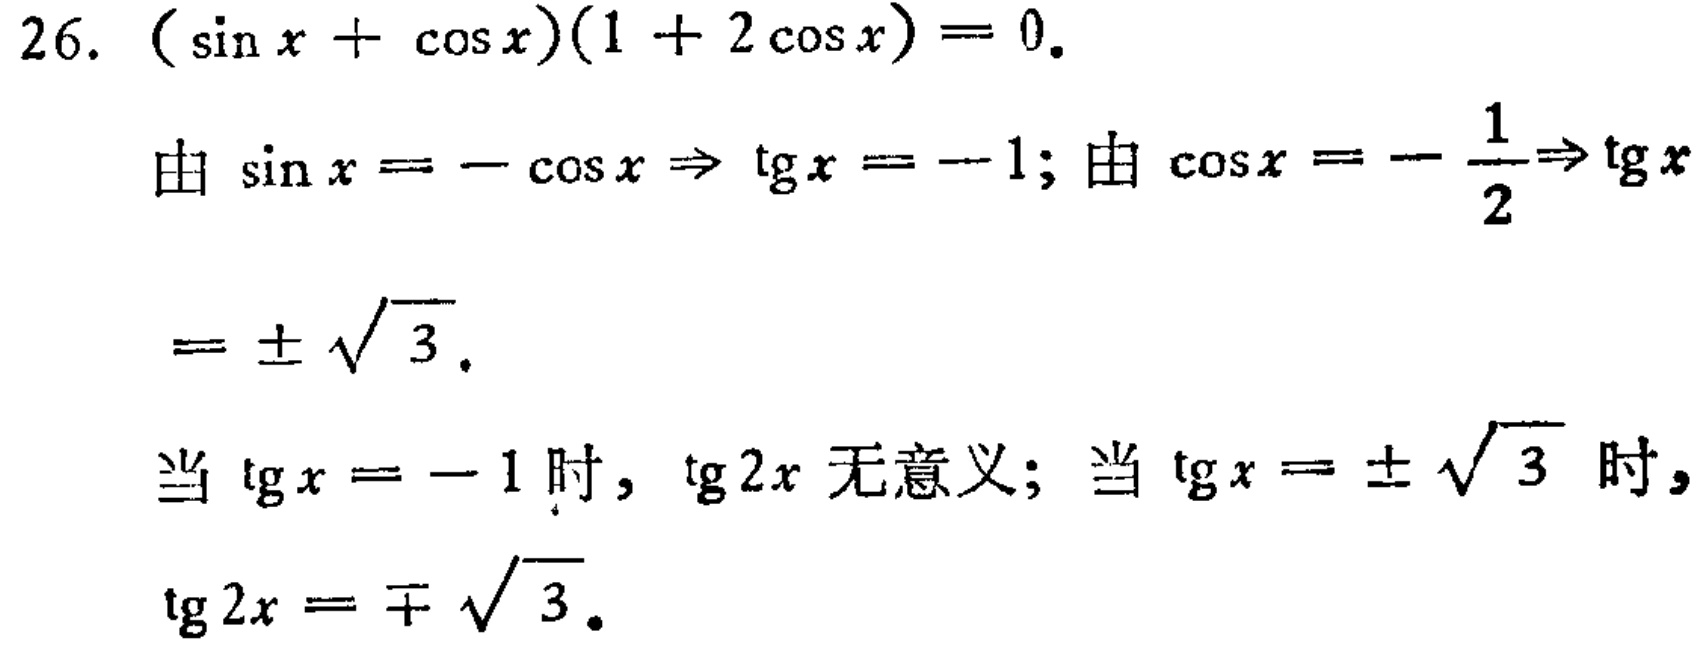
26. \((\sin x + \cos x)(1 + 2\cos x)=0\).
由 \(\sin x = -\cos x \Rightarrow \text{tg}x = -1\); 由 \(\cos x = -\frac{1}{2}\Rightarrow \text{tg}x\)
\(=\pm\sqrt{3}\).
当 \(\text{tg}x = -1\) 时, \(\text{tg}2x\) 无意义; 当 \(\text{tg}x = \pm\sqrt{3}\) 时,
\(\text{tg}2x = \mp\sqrt{3}\).